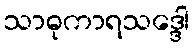
သာဓုကာရသဒ္ဒေါ